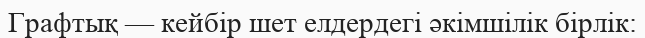
Графтық — кейбір шет елдердегі әкімшілік бірлік: